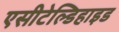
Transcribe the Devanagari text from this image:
एसीटेल्डिहाइड